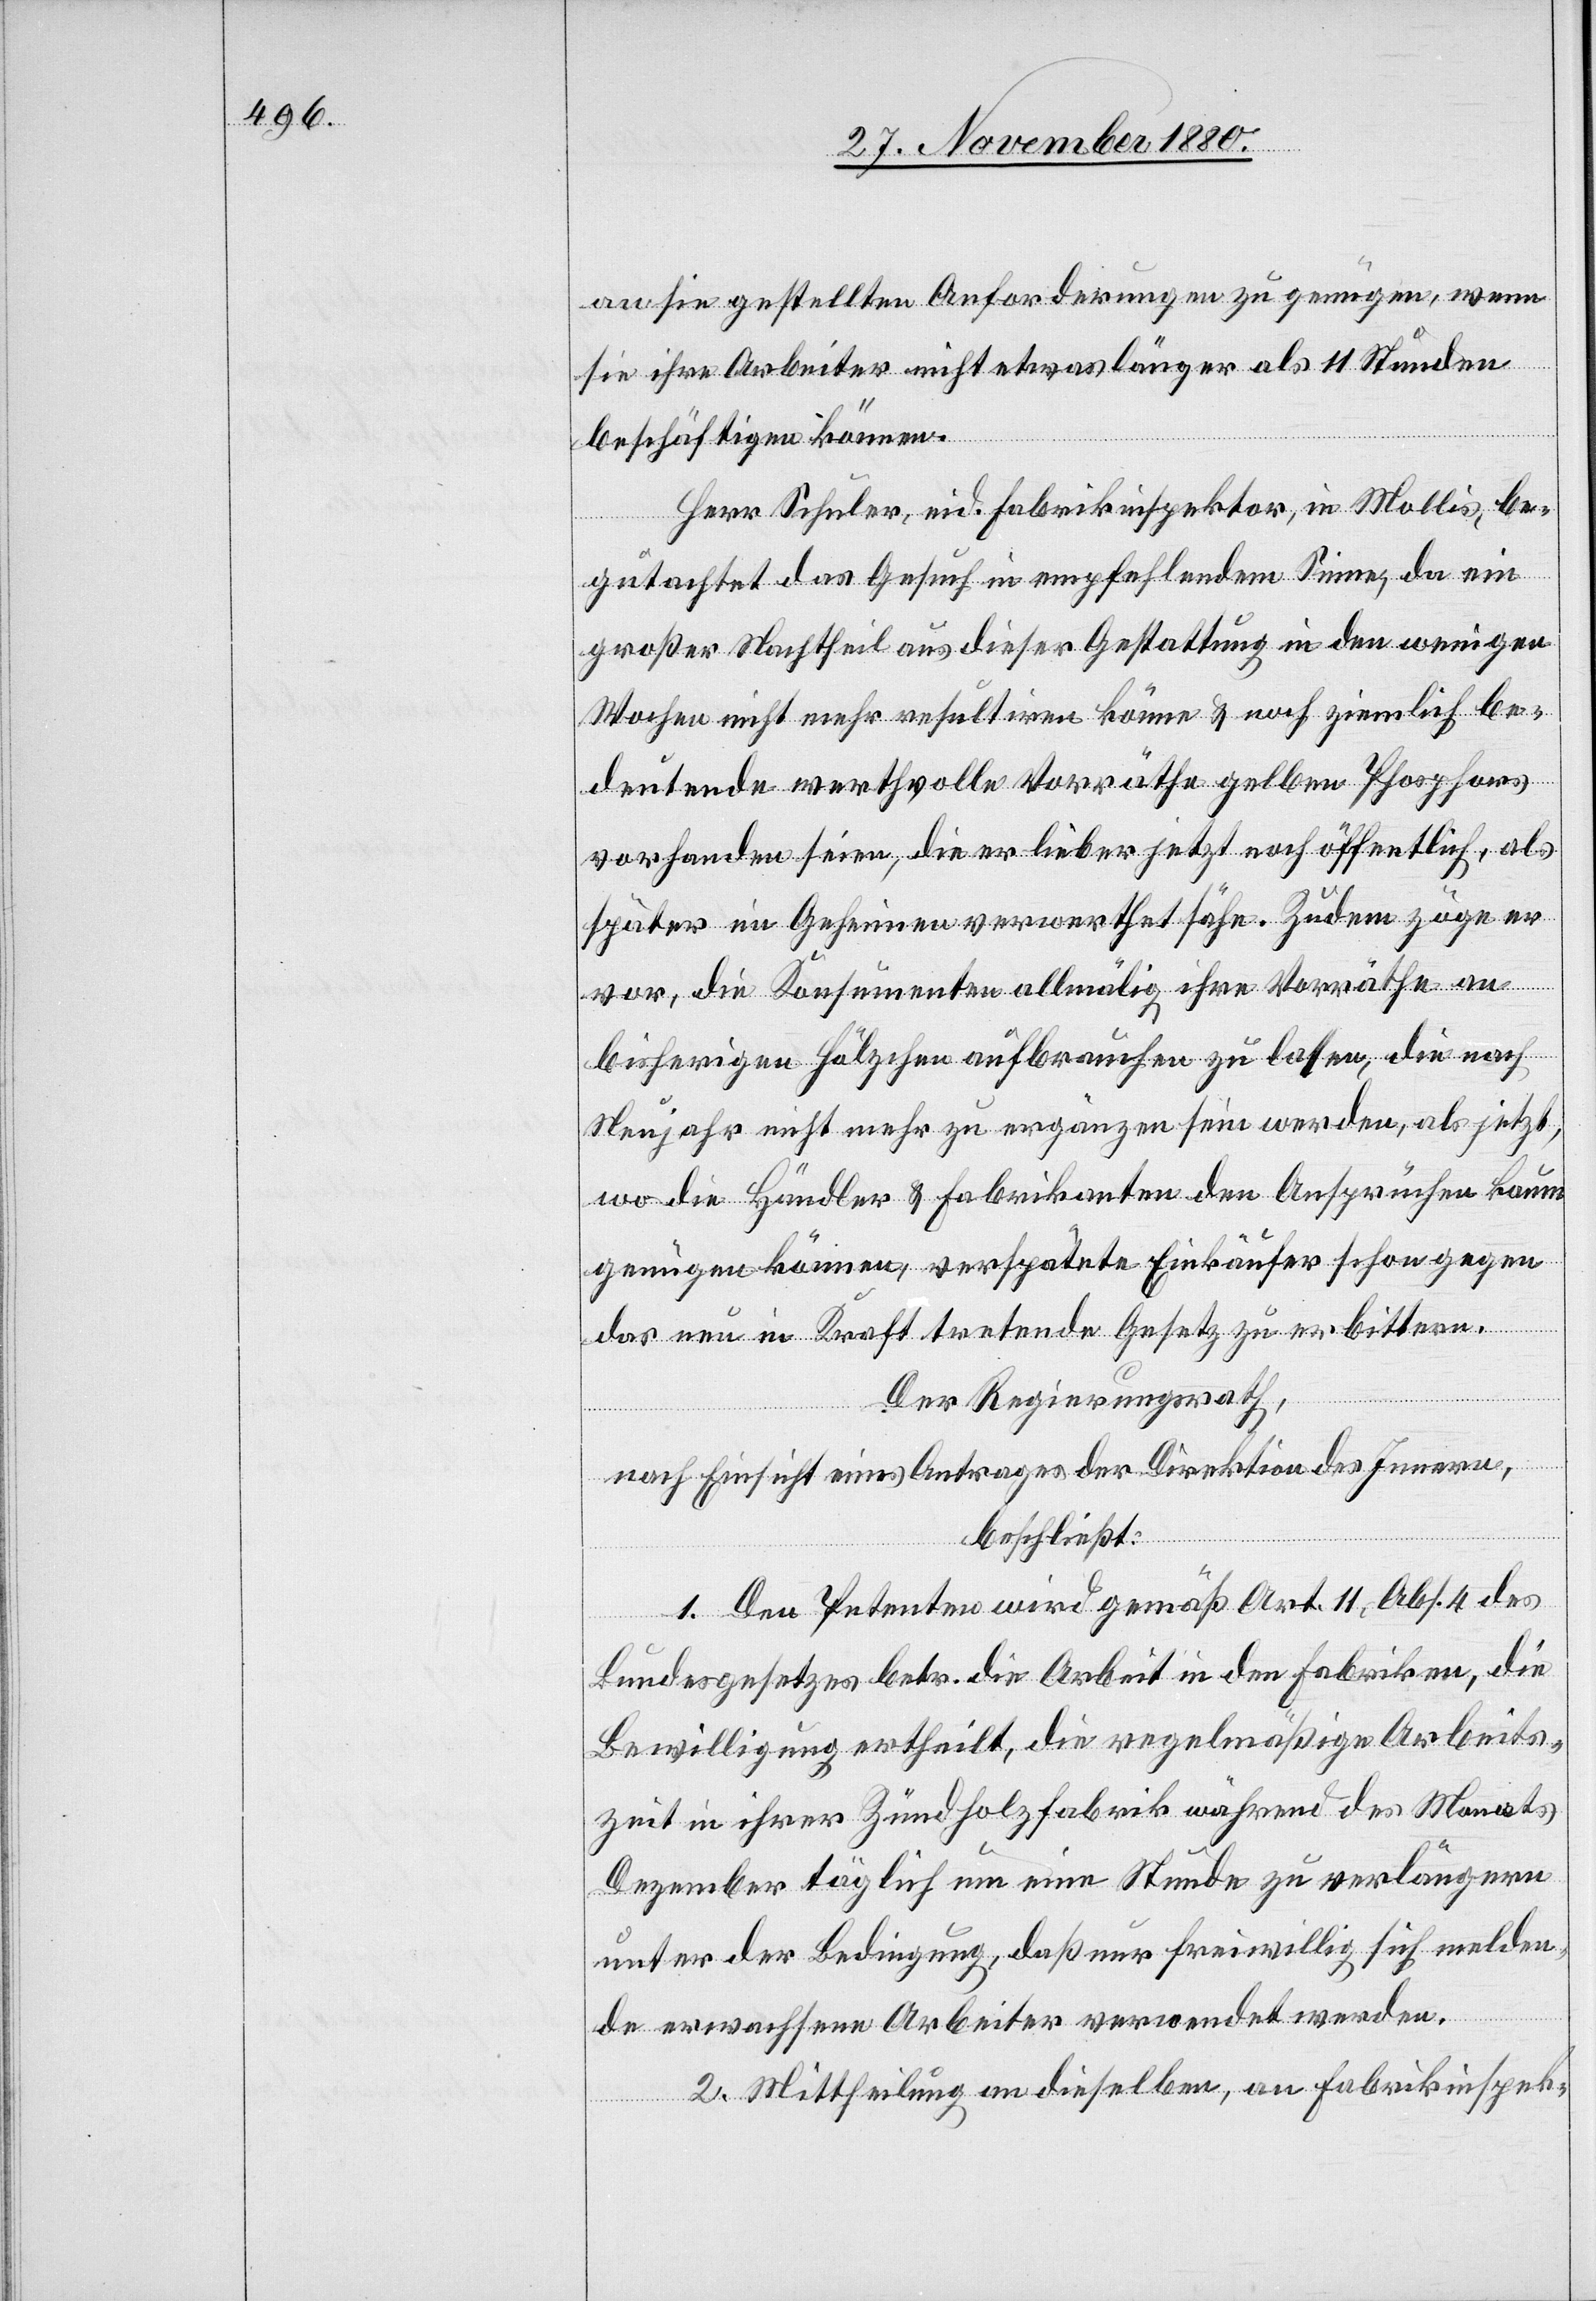
an sie gestellten Anforderungen zu genügen, wenn
sie ihre Arbeiter nicht etwas länger als 11 Stunden
beschäftigen können.
Herr Schuler, eid. Fabrikinspektor, in Mollis be¬
gutachtet das Gesuch in empfehlendem Sinne, da ein
großer Nachtheil aus dieser Gestattung in den wenigen
Wochen nicht mehr resultiren könne & noch ziemlich be¬
deutende werthvolle Vorräthe gelben Phosphors
vorhanden seien, die er lieber jetzt noch öffentlich, als
später im Geheimen verwerthet sähe. Zudem zöge er
vor, die Konsumenten allmälig ihre Vorräthe an
bisherigen Hölzchen aufbrauchen zu lassen, die nach
Neujahr nicht mehr zu ergänzen sein werden, als jetzt,
wo die Händler & Fabrikanten den Ansprüchen kaum
genügen können, verspätete Einkäufer schon gegen
das neu in Kraft tretende Gesetz zu erbittern.
Der Regierungsrath,
nach Einsicht eins Antrages der Direktion des Innern,
beschließt:
1. Den Petenten wird gemäß Art. 11, Abs. 4 des
Bundesgesetzes betr. die Arbeit in den Fabriken, die
Bewilligung ertheilt, die regelmäßige Arbeits¬
zeit in ihrer Zündholzfabrik während des Monats
Dezember täglich um eine Stunde zu verlängern
unter der Bedingung, daß nur freiwillig sich melden¬
de erwachsene Arbeiter verwendet werden.
2. Mittheilung an dieselben, an Fabrikinspek-